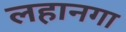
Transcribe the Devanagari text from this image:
लहानगा